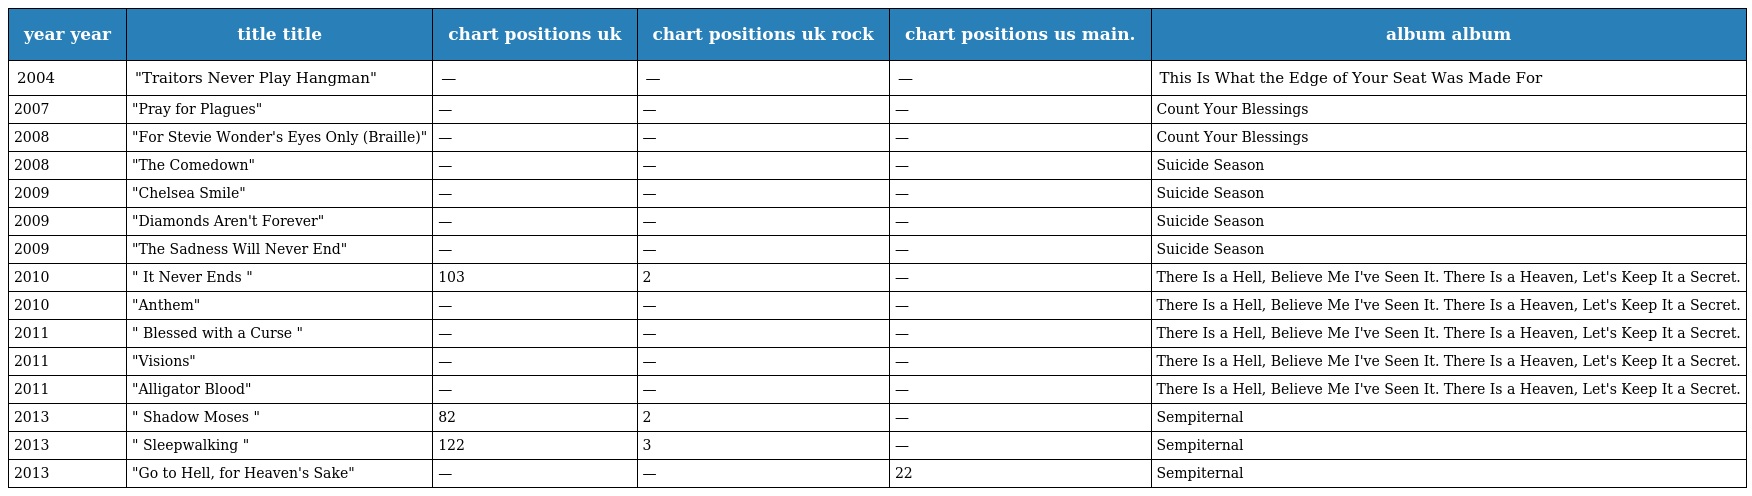
| year year | title title | chart positions uk | chart positions uk rock | chart positions us main. | album album |
 | --- | --- | --- | --- | --- | --- |
 | 2004 | "Traitors Never Play Hangman" | — | — | — | This Is What the Edge of Your Seat Was Made For |
 | 2007 | "Pray for Plagues" | — | — | — | Count Your Blessings |
 | 2008 | "For Stevie Wonder's Eyes Only (Braille)" | — | — | — | Count Your Blessings |
 | 2008 | "The Comedown" | — | — | — | Suicide Season |
 | 2009 | "Chelsea Smile" | — | — | — | Suicide Season |
 | 2009 | "Diamonds Aren't Forever" | — | — | — | Suicide Season |
 | 2009 | "The Sadness Will Never End" | — | — | — | Suicide Season |
 | 2010 | " It Never Ends " | 103 | 2 | — | There Is a Hell, Believe Me I've Seen It. There Is a Heaven, Let's Keep It a Secret. |
 | 2010 | "Anthem" | — | — | — | There Is a Hell, Believe Me I've Seen It. There Is a Heaven, Let's Keep It a Secret. |
 | 2011 | " Blessed with a Curse " | — | — | — | There Is a Hell, Believe Me I've Seen It. There Is a Heaven, Let's Keep It a Secret. |
 | 2011 | "Visions" | — | — | — | There Is a Hell, Believe Me I've Seen It. There Is a Heaven, Let's Keep It a Secret. |
 | 2011 | "Alligator Blood" | — | — | — | There Is a Hell, Believe Me I've Seen It. There Is a Heaven, Let's Keep It a Secret. |
 | 2013 | " Shadow Moses " | 82 | 2 | — | Sempiternal |
 | 2013 | " Sleepwalking " | 122 | 3 | — | Sempiternal |
 | 2013 | "Go to Hell, for Heaven's Sake" | — | — | 22 | Sempiternal |